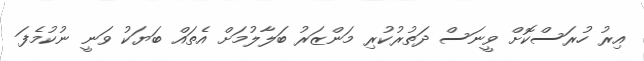
އިރު ހުރަސްކޮށް ވީނަސް ދަތުރުކުރި މަންޒަރު ބަލާލުމަށް އެތައް ބަޔަކު ވަނީ ނުކުމެފަ